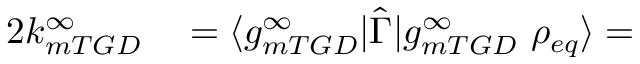
\begin{array} { r l } { 2 k _ { m T G D } ^ { \infty } } & { { } = \langle g _ { m T G D } ^ { \infty } \rvert \hat { \Gamma } \lvert g _ { m T G D } ^ { \infty } \ \rho _ { e q } \rangle = } \end{array}